V__Kingissepa_nim__kolhoos, lk 2
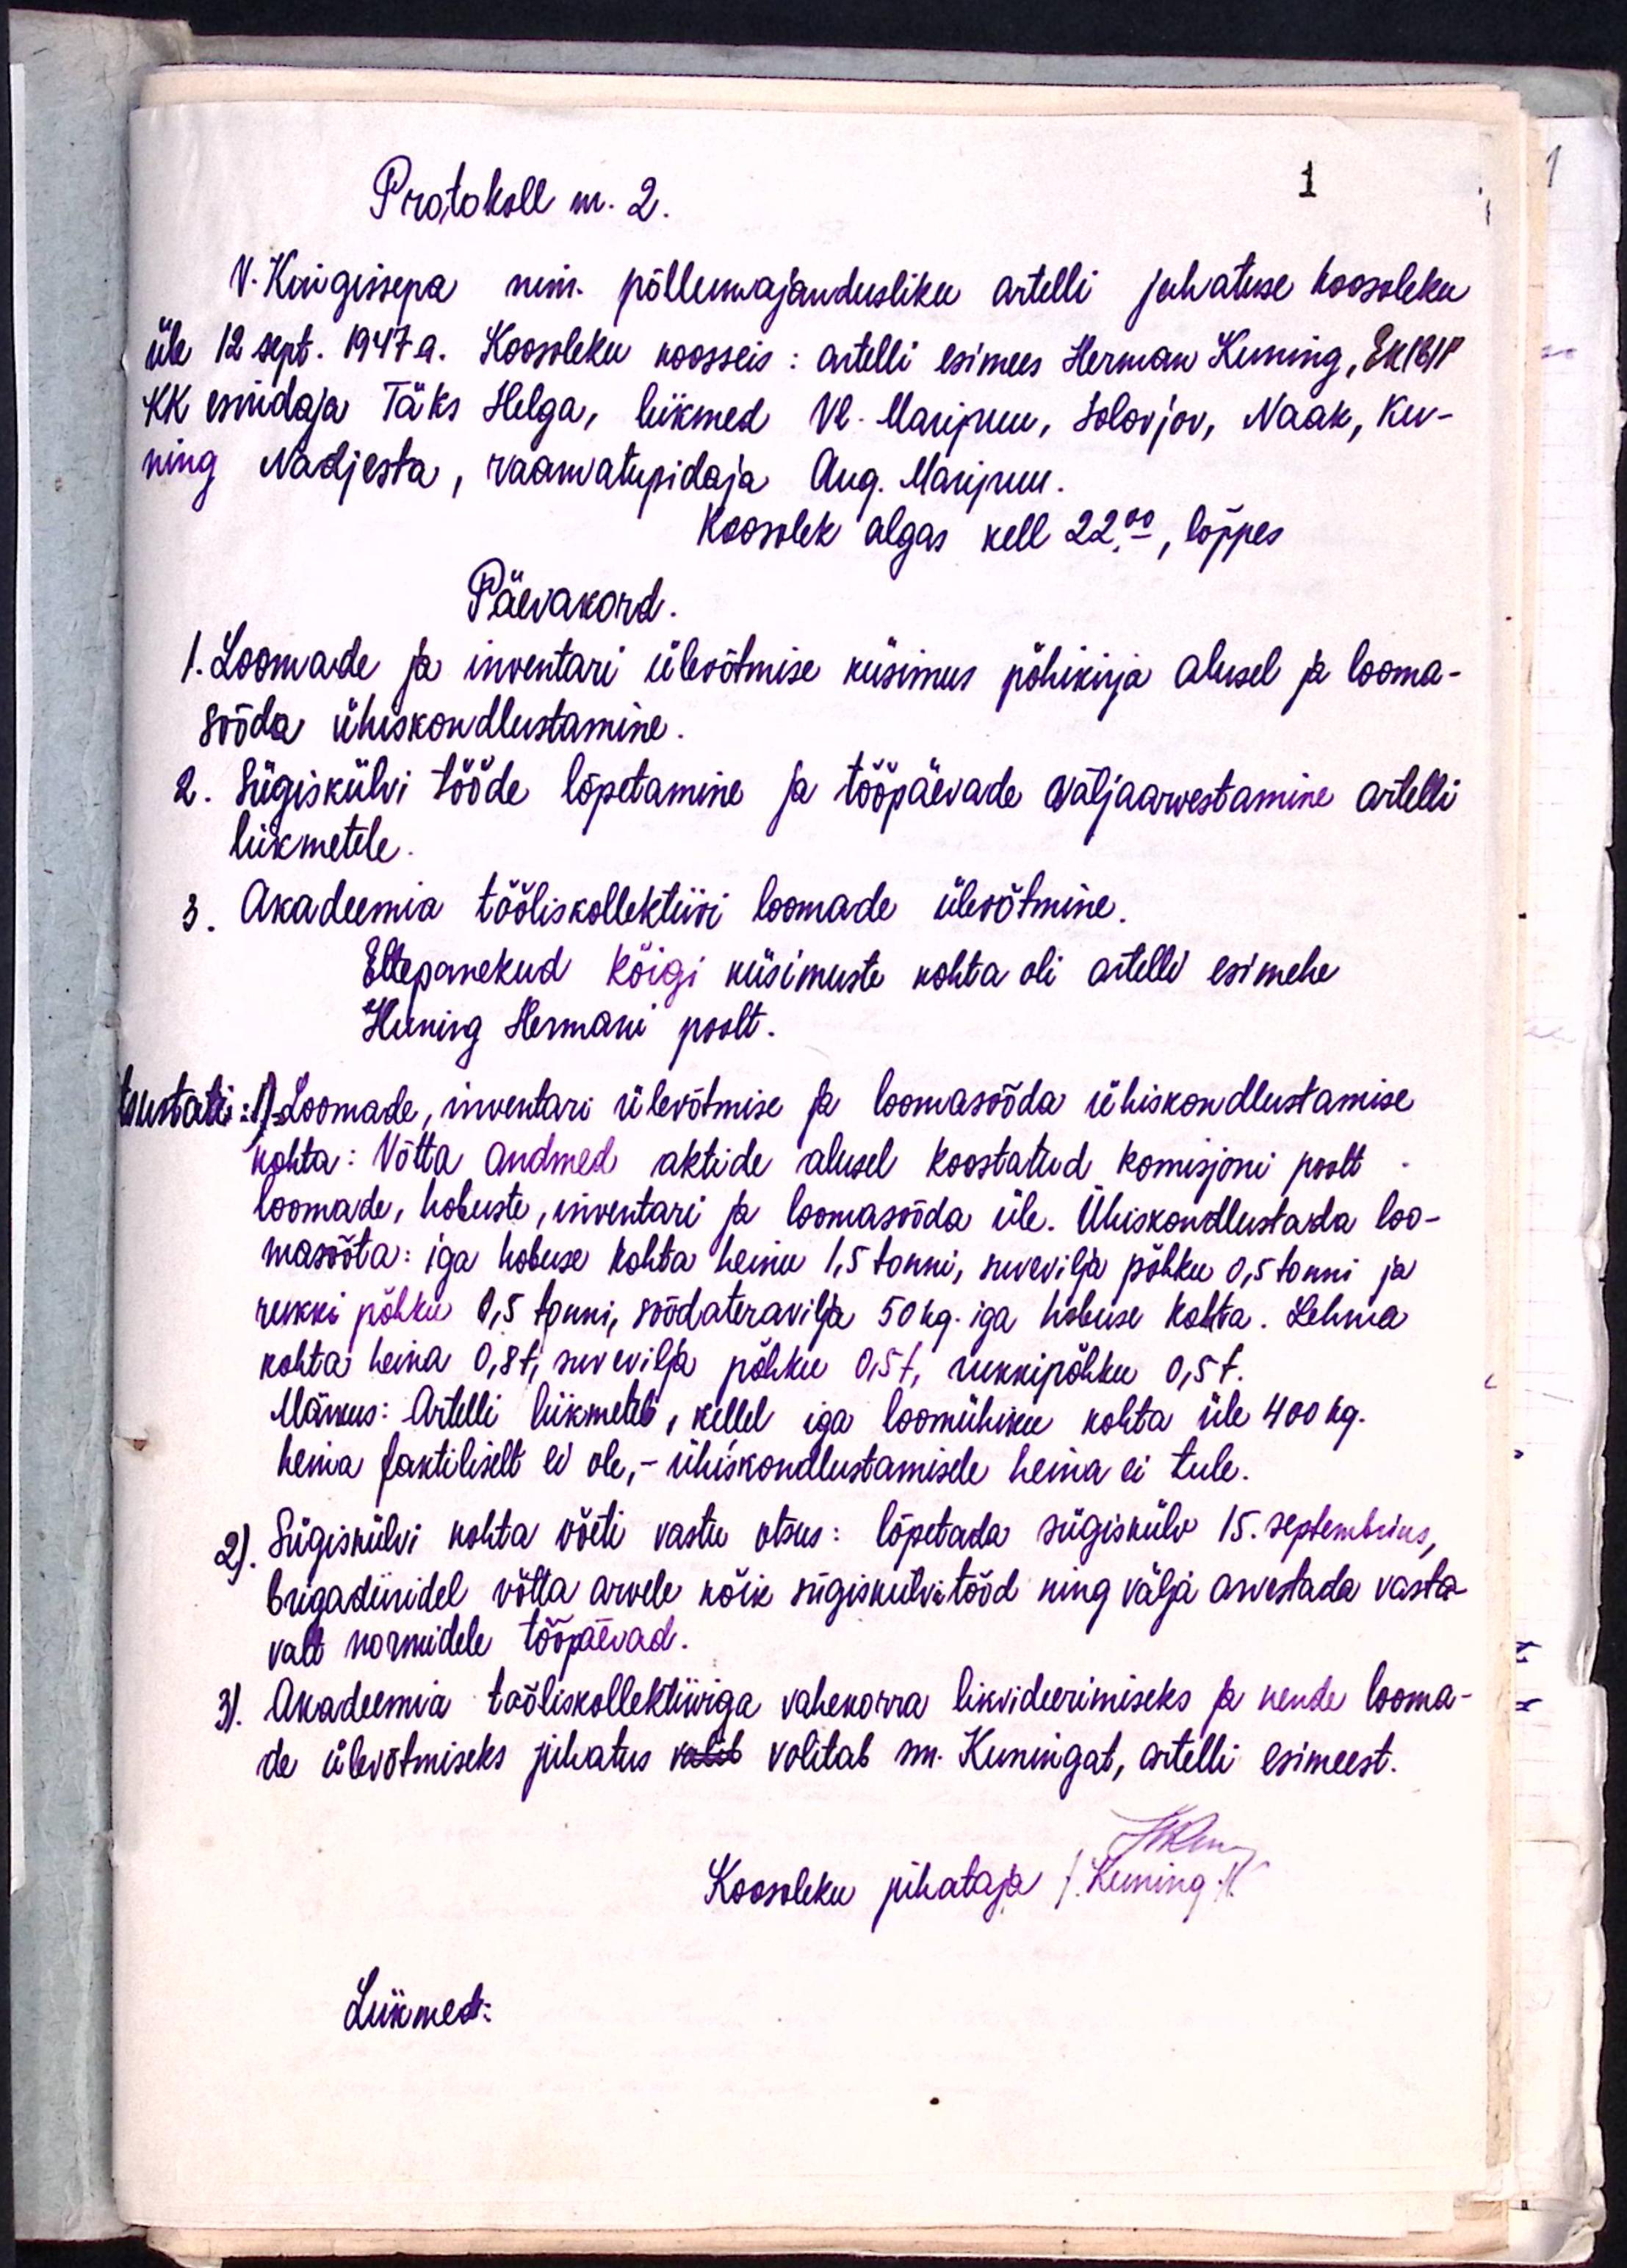
Protokoll nr.2
V. Kingisepa nim. põllumajandusliku artelli juhatuse koosoleku
üle 12 sept. 1947 a. Koosoleku koosseis: artili esimees Herman Kuning, EK(b)P
KK esidaja Täks Helga, liikmed Vl. Maripuu, Solovjov, Naak, Ker-
ning Nadjesta, raamatupidaja Aug. Maripuu.
Koosolek algas kell 22.00, lõppes
Päevakord
1. Loomade ja inventari ülevõtmise küsimus põhikirja alusel ja looma-
sööda ühiskondlustamine.
2. Sügiskülvi tööde lõpetamine ja tööpäevade väljaarvestamine artelli
liikmetele.
3. Akadeemia tööliskollektiivi loomade ülevõtmine.
Ettepanekud kõigi küsimuste kohta oli artelli esimehe
Kuning Hermani poolt.
tsustati: 1) Loomade, inventari ülevõtmise ja loomasööda ühiskondlustamise
kohta: Võtta andmed aktide alusel koostatud komisjoni poolt
loomade, hobuste, inventari ja loomasööda üle. Ühiskondlustada loo-
masööta: iga hobuse kohta heinu 1,5 tonni, suvevilja põhku 0,5 tonni ja
rukki põhku 0,5 tonni, söödateravilja 50 kg. iga hobuse kohta. Lehma
kohta heina 0,8t, suvevilja põhku 0,5t, rukkipõhku 0,5t.
Märkus: Artelli liikmetele, kellel iga loomühiku kohta üle 400 kg.
heina faktiliselt ei ole, - ühiskondlustamisele heina ei tule.
2) Sügiskülvi kohta võeti vastu otsus: lõpetada sügiskülv 15. septembriks,
brigadiiridel võtta arvele kõik sügiskülvitööd ning välja arvestada vasta-
valt normidele tööpäevad.
3. Akadeemia tööliskollektiiviga vahekorra likvideerimiseks ja nende looma-
de ülevõtmiseks juhatus valib volitab sm. Kuningat, artelli esimeest.
Koosoleku juhataja J. Kuining X.
Liikmed: